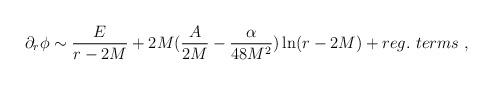
LaTeX: \begin{align*}\partial_r\phi \sim \frac{E}{r-2M} +2M(\frac{A}{2M}-\frac{\alpha}{48M^2})\ln(r-2M) + reg.\ terms \ ,\end{align*}